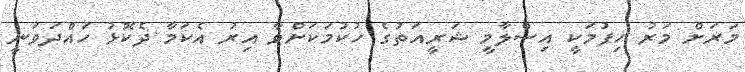
މަރަށް މަރު ހިފުމަކީ އިސްލާމީ ޝަރީއަތުގެ ހުކުމަކަށްްވާ އިރު އެކަމާ ދެކޮޅު ހައްދަވަނީ